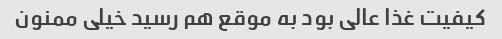
کیفیت غذا عالی بود به موقع هم رسید خیلی ممنون